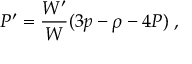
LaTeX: P ^ { \prime } = \frac { W ^ { \prime } } { W } ( 3 p - \rho - 4 P ) \; ,